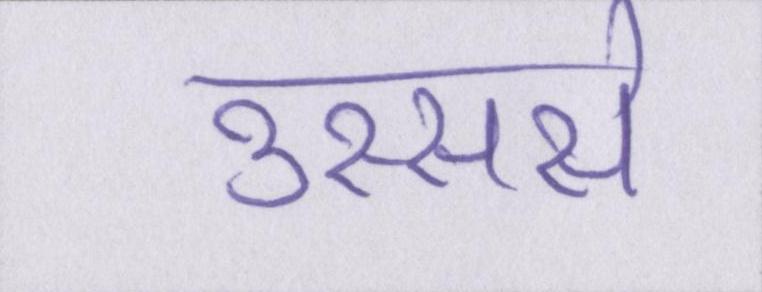
उस्ससे